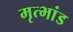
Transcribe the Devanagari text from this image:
मृत्भांड